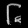
Digit: ၆